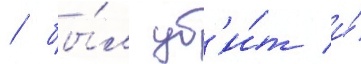
/ бы́л уб'и́т и́